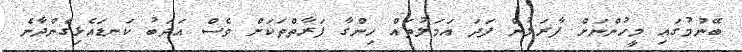
ބޭނުމުގައި މީހުންނަށް ފާރަލުން ފަދަ އަމަލުތައް ހިންގާ ފަރާތްތަކަށް ވެސް އަދަބު ކަނޑައެޅިގެންދާނެ